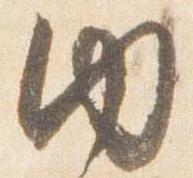
内